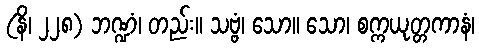
(နိ၊ ၂၂၈) ဘဏ္ဍံ၊ တည်း။ သဗ္ဗံ၊ သော။ သော၊ စက္ကယုတ္တကာနံ၊